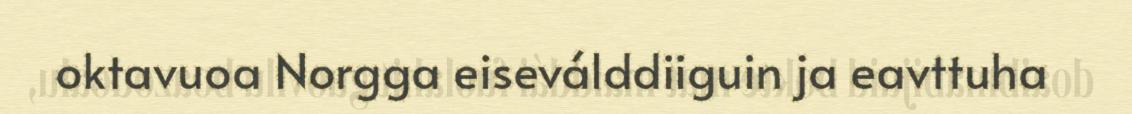
oktavuoa Norgga eiseválddiiguin ja eavttuha